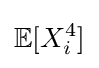
{\mathbb {E} }[X_{i}^{4}]